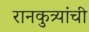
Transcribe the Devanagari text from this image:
रानकुत्र्यांची